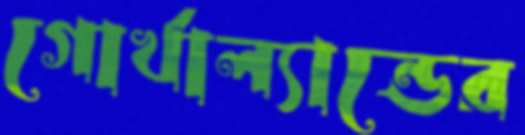
গোর্খাল্যান্ডের